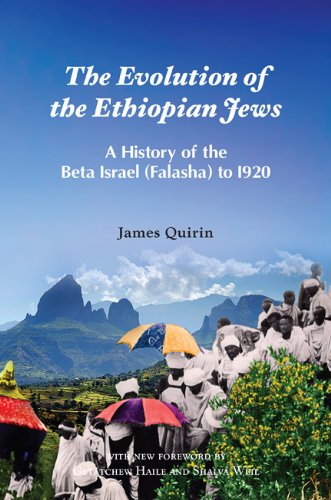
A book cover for The Evolution of the Ethiopian Jews: A History of the Beta Israel (Falasha) to I920; James Quirin; History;